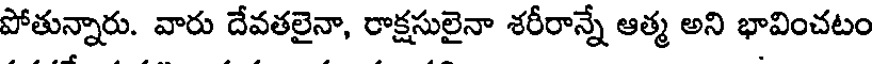
పోతున్నారు. వారు దేవతలైనా, రాక్షసులైనా శరీరాన్నే ఆత్మ అని భావించటం